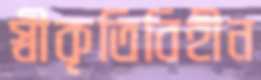
স্বীকৃতিবিহীন